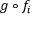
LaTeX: g \circ f _ { i }